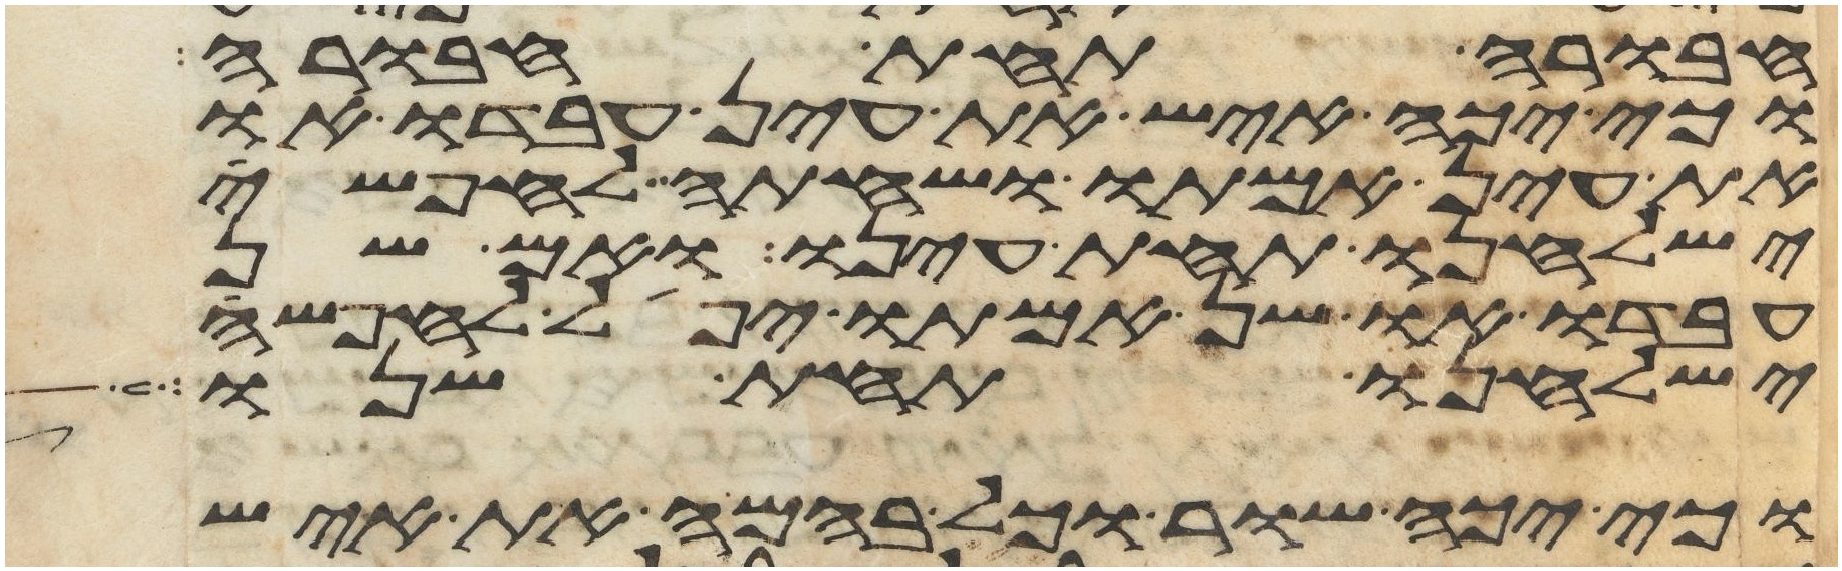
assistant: חבורה תחת חבורה
וכי יכה איש את עין עבדו או
את עין אמתו ושחתה לחפשי
ישלחנו תחת עינו ואם שן
עבדו או שן אמתו יפל לחפשי
ישלחנו תחת שנו
וכי יכה שור וכל בהמה את איש